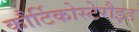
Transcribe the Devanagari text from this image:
कौर्टिकोस्टेरौइड